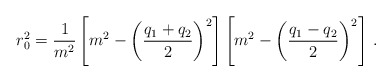
\begin{align*}r_{0}^{2} = \frac{1}{m^{2}} \left[m^{2} -\left(\frac{q_{1}+q_{2}}{2}\right)^{2}\right]\left[m^{2} -\left(\frac{q_{1}-q_{2}}{2}\right)^{2}\right]\, .\end{align*}